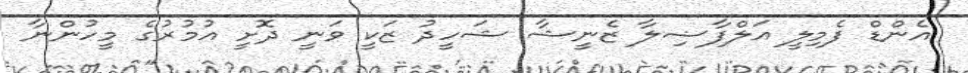
އެންޑް ފެމިލީ އަލްފާޟިލާ ޒެނީޝާ ޝަހީދު ޒަކީ ވަނީ ދޮށީ އުމުރުގެ މީހުންނާ